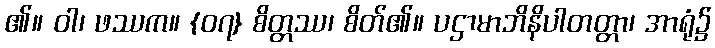
၏။ ဝါ၊ ဖဿက။ {၀၇} စိတ္တဿ၊ စိတ်၏။ ပဌာမာဘိနိပါတတ္တာ၊ အာရုံ၌